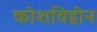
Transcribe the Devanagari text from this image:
कोशविहीन